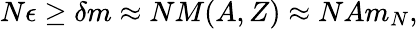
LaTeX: N\epsilon\geq\delta m\approx NM(A,Z)\approx NAm_{N},